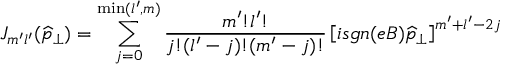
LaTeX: J _ { m ^ { \prime } l ^ { \prime } } ( \widehat { p } _ { \perp } ) = \sum _ { j = 0 } ^ { \operatorname * { m i n } ( l ^ { \prime } , m ) } \frac { m ^ { \prime } ! l ^ { \prime } ! } { j ! ( l ^ { \prime } - j ) ! ( m ^ { \prime } - j ) ! } \left[ i s g n ( e B ) \widehat { p } _ { \perp } \right] ^ { m ^ { \prime } + l ^ { \prime } - 2 j }